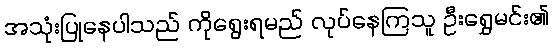
အသုံးပြုနေပါသည် ကိုရွေးရမည် လုပ်နေကြသူ ဦးရွှေမင်း၏